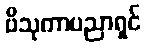
ဗိသုကာပညာရှင်